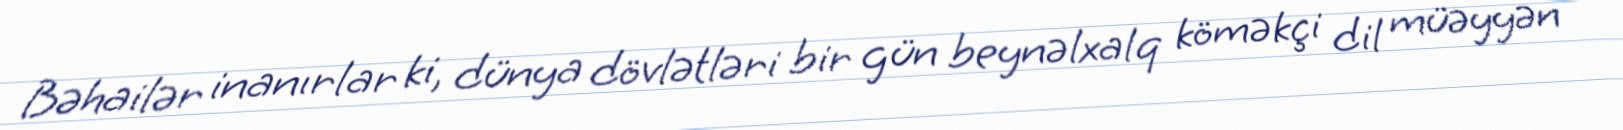
Bəhailər inanırlar ki, dünya dövlətləri bir gün beynəlxalq köməkçi dil müəyyən